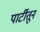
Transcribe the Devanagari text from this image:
पार्टीतून